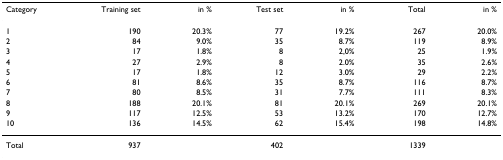
| Category | Training set | in % | Test set | in % | Total | in % |
 | --- | --- | --- | --- | --- | --- | --- |
 | 1 | 190 | 20.3% | 77 | 19.2% | 267 | 20.0% |
 | 2 | 84 | 9.0% | 35 | 8.7% | 119 | 8.9% |
 | 3 | 17 | 1.8% | 8 | 2,0% | 25 | 1.9% |
 | 4 | 27 | 2.9% | 8 | 2.0% | 35 | 2.6% |
 | 5 | 17 | 1.8% | 12 | 3.0% | 29 | 2.2% |
 | 6 | 81 | 8.6% | 35 | 8.7% | 116 | 8.7% |
 | 7 | 80 | 8.5% | 31 | 7.7% | 111 | 8.3% |
 | 8 | 188 | 20.1% | 81 | 20.1% | 269 | 20.1% |
 | 9 | 117 | 12.5% | 53 | 13.2% | 170 | 12.7% |
 | 10 | 136 | 14.5% | 62 | 15.4% | 198 | 14.8% |
 | Total | 937 |  | 402 |  | 1339 |  |